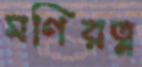
মণিরত্ন